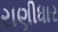
રાણીધાર